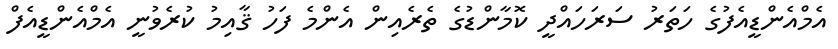
އެމްއެންޑީއެފުގެ ހަތަރު ސަރަހައްދީ ކޮމާންޑުގެ ތެރެއިން އެންމެ ފަހު ޤާއިމު ކުރެވުނީ އެމްއެންޑީއެފް